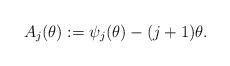
LaTeX: \begin{align*}A_j(\theta) & := \psi_j(\theta) - (j+1)\theta.\end{align*}